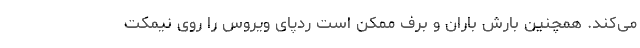
می‌کند. همچنین بارش باران و برف ممکن است ردپای ویروس را روی نیمکت